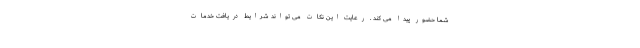
شما حضور پیدا می کند . رعایت این نکات می تواند شرایط دریافت خدمات